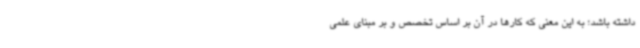
داشته باشد؛ به این معنی که کارها در آن بر اساس تخصص و بر مبنای علمی